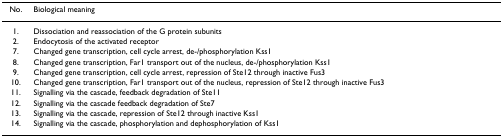
<table><thead><tr><td><b>No.</b></td><td><b>Biological meaning</b></td></tr></thead><tbody><tr><td>1.</td><td>Dissociation and reassociation of the G protein subunits</td></tr><tr><td>2.</td><td>Endocytosis of the activated receptor</td></tr><tr><td>7.</td><td>Changed gene transcription, cell cycle arrest, de-/phosphorylation Kss1</td></tr><tr><td>8.</td><td>Changed gene transcription, Far1 transport out of the nucleus, de-/phosphorylation Kss1</td></tr><tr><td>9.</td><td>Changed gene transcription, cell cycle arrest, repression of Ste12 through inactive Fus3</td></tr><tr><td>10.</td><td>Changed gene transcription, Far1 transport out of the nucleus, repression of Ste12 through inactive Fus3</td></tr><tr><td>11.</td><td>Signalling via the cascade, feedback degradation of Ste11</td></tr><tr><td>12.</td><td>Signalling via the cascade feedback degradation of Ste7</td></tr><tr><td>13.</td><td>Signalling via the cascade, repression of Ste12 through inactive Kss1</td></tr><tr><td>14.</td><td>Signalling via the cascade, phosphorylation and dephosphorylation of Kss1</td></tr></tbody></table>